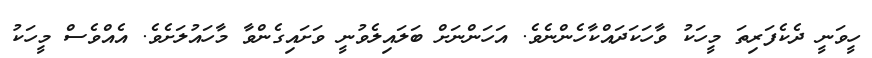
ހީވަނީ ދެކެފަރިތަ މީހަކު ވާހަކަދައްކާހެންނެވެ. އަހަންނަށް ބަލައިލެވުނީ ވަށައިގެންވާ މާހައުލަށެވެ. އެއްވެސް މީހަކު